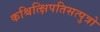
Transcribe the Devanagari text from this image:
कश्चित्क्षिपतिसत्पुत्रो